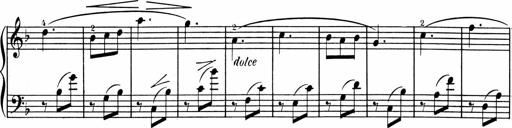
Title: 1Ã¨re Sonatine
Composer: FrÃ©dÃ©ric Binet